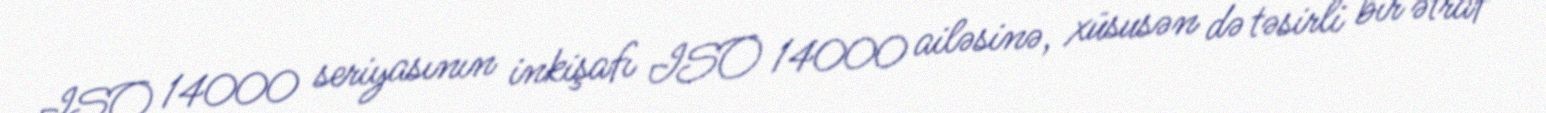
ISO 14000 seriyasının inkişafı ISO 14000 ailəsinə, xüsusən də təsirli bir ətraf